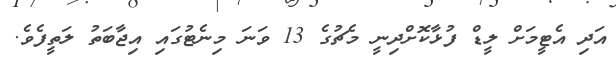
އަދި އެޓީމަށް ލީޑް ފުޅާކޮށްދިނީ މެޗުގެ 13 ވަނަ މިނެޓުގައި އިޖާބަތު ލަތީފެވެ.